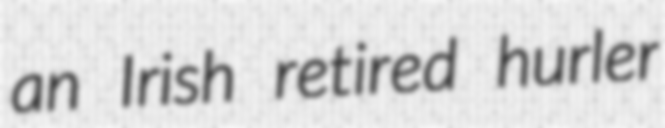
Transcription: an Irish retired hurler